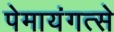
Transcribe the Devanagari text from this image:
पेमायंगत्से